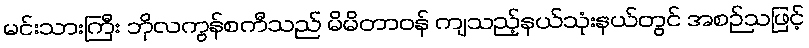
မင်းသားကြီး ဘိုလကွန်စကီသည် မိမိတာဝန် ကျသည့်နယ်သုံးနယ်တွင် အစဉ်သဖြင့်